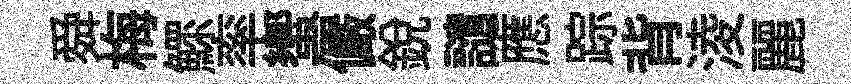
舜梅鰥率蠁儼銳譴應踪背淩麗